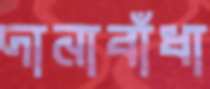
দানাবাঁধা